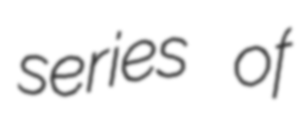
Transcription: series of